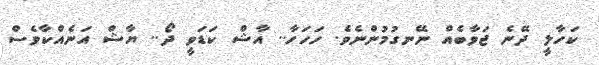
ކަހާލީ ދޭނެ ޖަވާބެއް ނޭނގުމުންނެވެ. ހަހަހާ.. އާޝް ކަޑަވީ ދޯ.. ޔާޝް އަނެއްކާވެސް